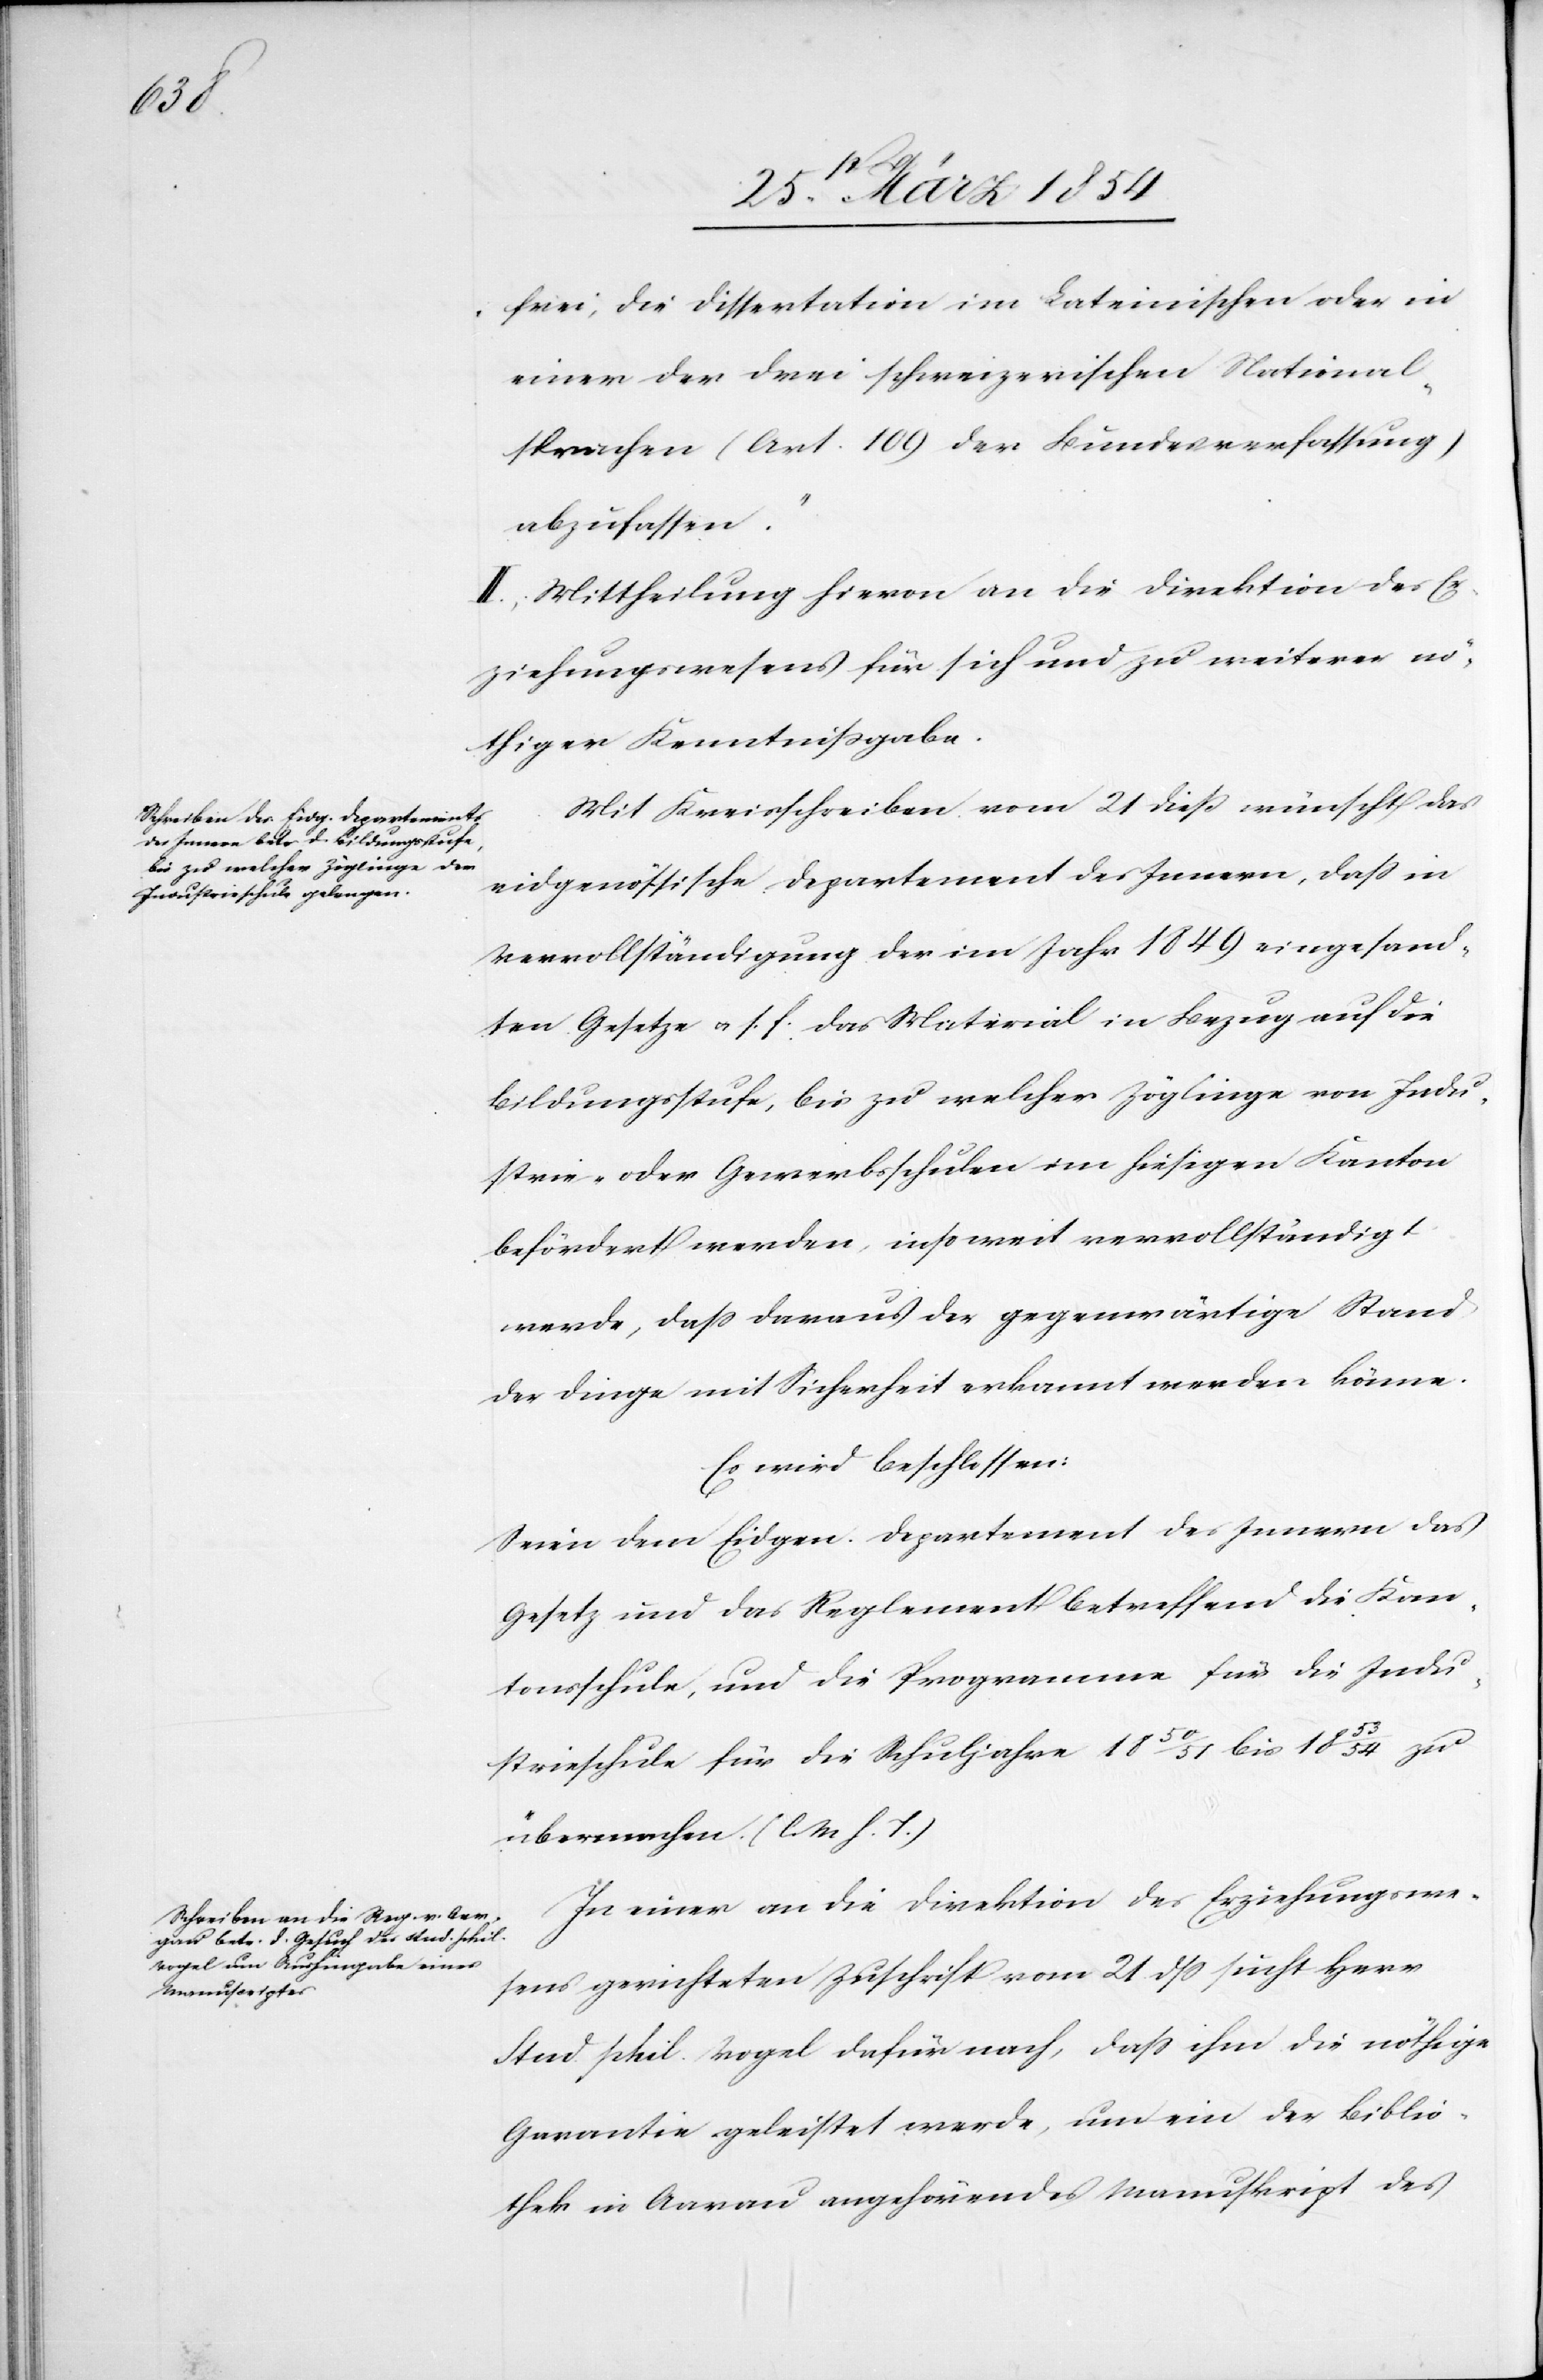
frei, die Dissertation im Lateinischen oder in
einer der drei schweizerischen National¬
sprachen (Art. 109 der Bundesverfassung)
abzufassen.“
Mit Kreisschreiben vom 21 dieß wünscht das
eidgenössische Departement des Innern, daß in
Vervollständigung der im Jahr 1849 eingesand¬
ten Gesetze u. s. f. das Material in Bezug auf die
Bildungsstufe, bis zu welcher Zöglinge von Indu¬
strie- oder Gewerbsschulen im hiesigen Kanton
befördert werden, insoweit vervollständigt
werde, daß daraus der gegenwärtige Stand
der Dinge mit Sicherheit erkannt werden könne.
Es wird beschlossen:
Seien dem Eidgen. Departement des Innern das
Gesetz und das Reglement betreffend die Kan¬
tonsschule, und die Programme für die Indu¬
strieschule für die Schuljahre 1850/51 bis 1853/54 zu
übernehmen. (l. M. h. T.)
In einer an die Direktion des Erziehungsra¬
thes gerichteten Zuschrift vom 21 dß sucht Herr
Stud. phil. Vogel dafür nach, daß ihm die nöthige
Garantie geleistet werde, um ein der Biblio¬
thek in Aarau angehörendes Manuskript des